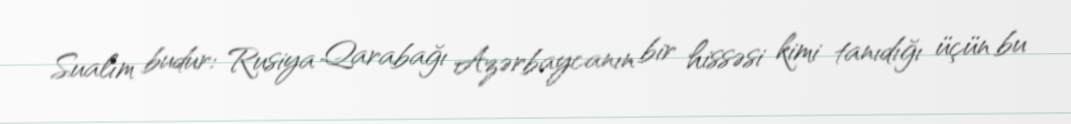
Sualım budur: Rusiya Qarabağı Azərbaycanın bir hissəsi kimi tanıdığı üçün bu